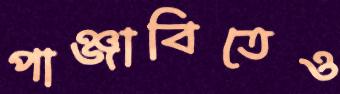
পাঞ্জাবিতেও